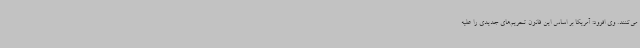
می‌کنند. وی افزود: آمریکا بر اساس این قانون تحریم‌های جدیدی را علیه